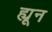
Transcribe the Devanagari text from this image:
ह्यून